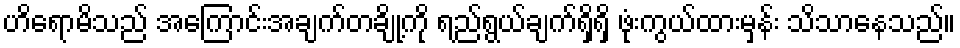
ဟိရောမိသည် အကြောင်းအချက်တချို့ကို ရည်ရွယ်ချက်ရှိရှိ ဖုံးကွယ်ထားမှန်း သိသာနေသည်။